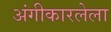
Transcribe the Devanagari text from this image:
अंगीकारलेला